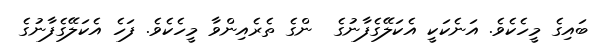
ބައިގެ މީހެކެވެ. އަނެކަކީ އެކަލޭގެފާނުގެ  ންގެ ތެރެއިންވާ މީހެކެވެ. ފަހެ އެކަލޭގެފާނުގެ